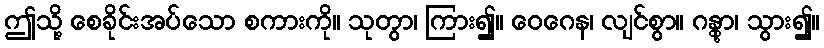
ဤသို့ စေခိုင်းအပ်သော စကားကို။ သုတွာ၊ ကြား၍။ ဝေဂေန၊ လျင်စွာ။ ဂန္တွာ၊ သွား၍။